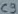
Text: C9